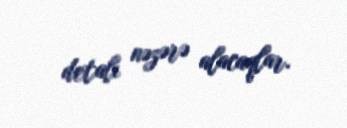
detalı nəzərə alacaqlar.